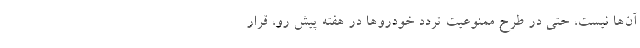
آن‌ها نیست، حتی در طرح ممنوعیت تردد خودروها در هفته پیش‌ رو، قرار